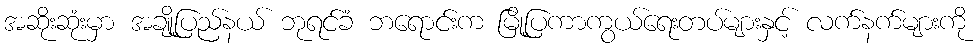
အဆိုးဆုံးမှာ အချို့ပြည်နယ် ဘုရင်ခံ ဘရောင်းက မြို့ပြကာကွယ်ရေးတပ်များနှင့် လက်နက်များကို